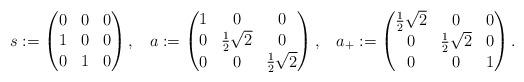
LaTeX: \begin{align*}s &:= \begin{pmatrix}0 & 0 & 0 \\ 1 & 0 & 0 \\ 0 & 1 & 0 \end{pmatrix},&a &:= \begin{pmatrix} 1 & 0 & 0 \\ 0 & \tfrac12 \sqrt2 & 0 \\ 0 & 0 & \tfrac12 \sqrt2 \end{pmatrix},&a_+ := \begin{pmatrix}\tfrac12 \sqrt2 & 0 & 0 \\ 0 & \tfrac12 \sqrt2 & 0 \\ 0 & 0 & 1\end{pmatrix}.\end{align*}